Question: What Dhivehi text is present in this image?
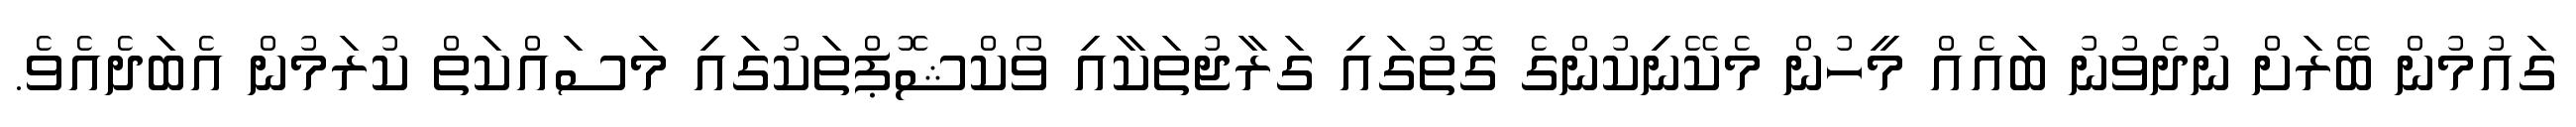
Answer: ގައުމުން ބޭރަށް ނުދެވުނު ބައެއް މީހުން މެކޭނިކުންގެ ގޮތުގައި ގަރާޖުތަކާއި ވޯކްޝޮޕްތަކުގައި މަސައްކަތް ކުރަމުން އެބަދެއެވެ.